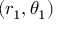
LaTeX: ( r _ { 1 } , \theta _ { 1 } )